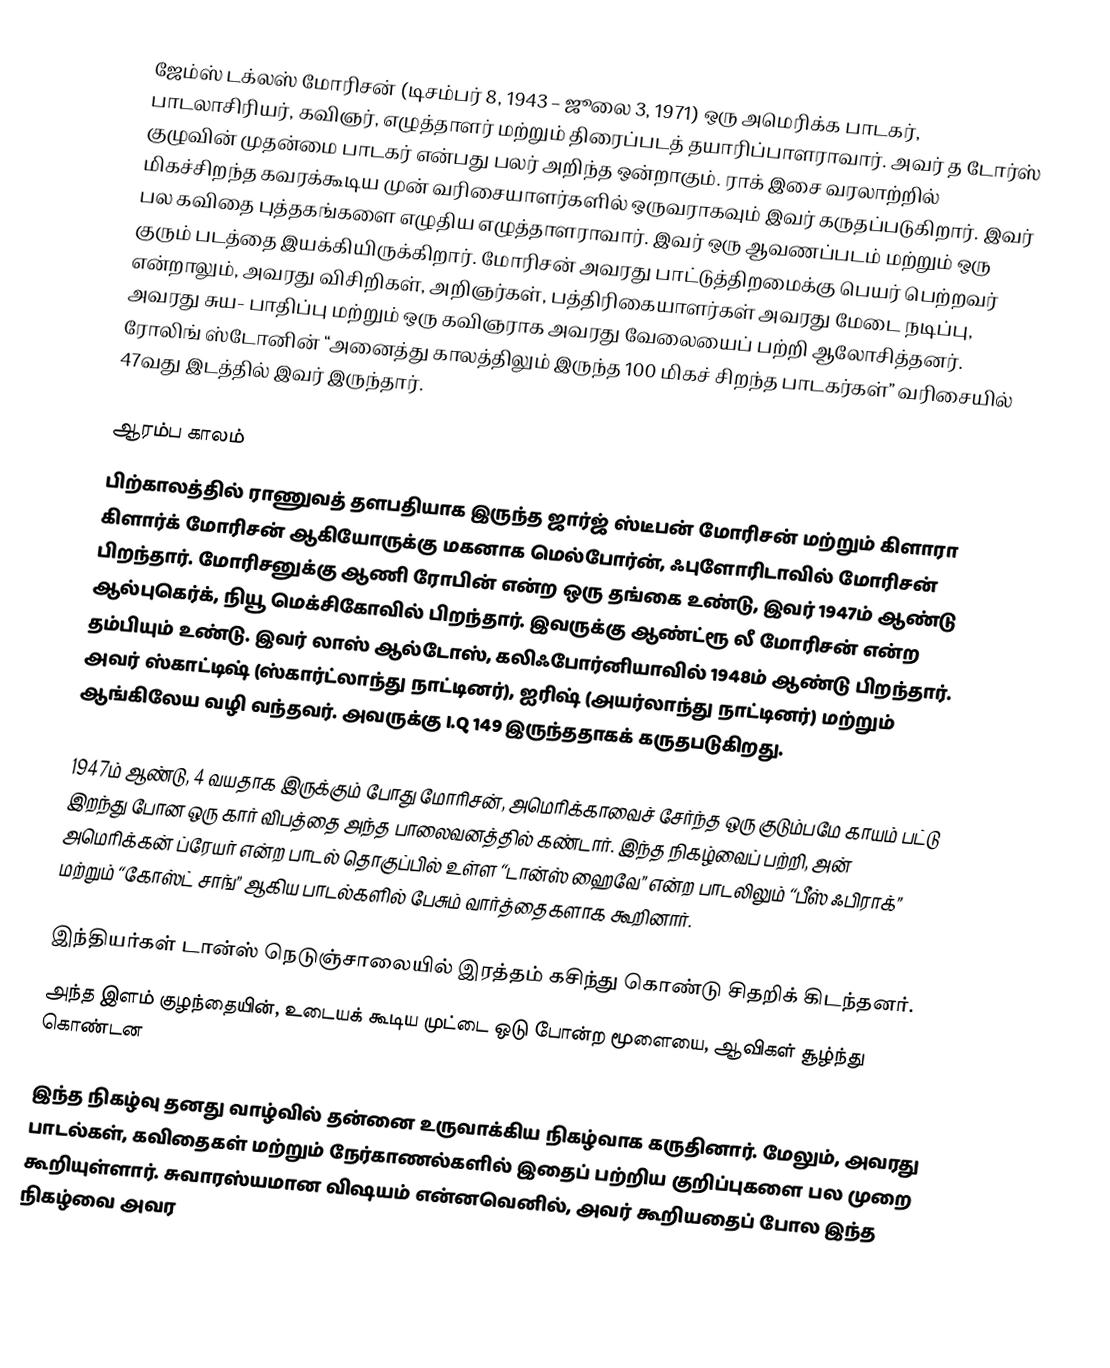
ஜேம்ஸ் டக்லஸ் மோரிசன் (டிசம்பர் 8, 1943 – ஜூலை 3, 1971) ஒரு அமெரிக்க பாடகர், பாடலாசிரியர், கவிஞர், எழுத்தாளர் மற்றும் திரைப்படத் தயாரிப்பாளராவார். அவர் த டோர்ஸ் குழுவின் முதன்மை பாடகர் என்பது பலர் அறிந்த ஒன்றாகும். ராக் இசை வரலாற்றில் மிகச்சிறந்த கவரக்கூடிய முன் வரிசையாளர்களில் ஒருவராகவும் இவர் கருதப்படுகிறார். இவர் பல கவிதை புத்தகங்களை எழுதிய எழுத்தாளராவார். இவர் ஒரு ஆவணப்படம் மற்றும் ஒரு குரும் படத்தை இயக்கியிருக்கிறார். மோரிசன் அவரது பாட்டுத்திறமைக்கு பெயர் பெற்றவர் என்றாலும், அவரது விசிறிகள், அறிஞர்கள், பத்திரிகையாளர்கள் அவரது மேடை நடிப்பு, அவரது சுய- பாதிப்பு மற்றும் ஒரு கவிஞராக அவரது வேலையைப் பற்றி ஆலோசித்தனர். ரோலிங் ஸ்டோனின் “அனைத்து காலத்திலும் இருந்த 100 மிகச் சிறந்த பாடகர்கள்” வரிசையில் 47வது இடத்தில் இவர் இருந்தார்.

ஆரம்ப காலம்
பிற்காலத்தில் ராணுவத் தளபதியாக இருந்த ஜார்ஜ் ஸ்டீபன் மோரிசன் மற்றும் கிளாரா கிளார்க் மோரிசன் ஆகியோருக்கு மகனாக மெல்போர்ன், ஃபுளோரிடாவில் மோரிசன் பிறந்தார். மோரிசனுக்கு ஆணி ரோபின் என்ற ஒரு தங்கை உண்டு, இவர் 1947ம் ஆண்டு ஆல்புகெர்க், நியூ மெக்சிகோவில் பிறந்தார். இவருக்கு ஆண்ட்ரூ லீ மோரிசன் என்ற தம்பியும் உண்டு. இவர் லாஸ் ஆல்டோஸ், கலிஃபோர்னியாவில் 1948ம் ஆண்டு பிறந்தார். அவர் ஸ்காட்டிஷ் (ஸ்கார்ட்லாந்து நாட்டினர்), ஐரிஷ் (அயர்லாந்து நாட்டினர்) மற்றும் ஆங்கிலேய வழி வந்தவர். அவருக்கு I.Q 149 இருந்ததாகக் கருதபடுகிறது.

1947ம் ஆண்டு, 4 வயதாக இருக்கும் போது மோரிசன், அமெரிக்காவைச் சேர்ந்த ஒரு குடும்பமே காயம் பட்டு இறந்து போன ஒரு கார் விபத்தை அந்த பாலைவனத்தில் கண்டார். இந்த நிகழ்வைப் பற்றி, அன் அமெரிக்கன் ப்ரேயர் என்ற பாடல் தொகுப்பில் உள்ள “டான்ஸ் ஹைவே” என்ற பாடலிலும் “பீஸ் ஃபிராக்” மற்றும் “கோஸ்ட் சாங்” ஆகிய பாடல்களில் பேசும் வார்த்தைகளாக கூறினார்.

இந்தியர்கள் டான்ஸ் நெடுஞ்சாலையில் இரத்தம் கசிந்து கொண்டு சிதறிக் கிடந்தனர்.
அந்த இளம் குழந்தையின், உடையக் கூடிய முட்டை ஒடு போன்ற மூளையை, ஆவிகள் சூழ்ந்து கொண்டன

இந்த நிகழ்வு தனது வாழ்வில் தன்னை உருவாக்கிய நிகழ்வாக கருதினார். மேலும், அவரது பாடல்கள், கவிதைகள் மற்றும் நேர்காணல்களில் இதைப் பற்றிய குறிப்புகளை பல முறை கூறியுள்ளார். சுவாரஸ்யமான விஷயம் என்னவெனில், அவர் கூறியதைப் போல இந்த நிகழ்வை அவர